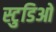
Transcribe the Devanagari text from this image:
स्टुडिओ